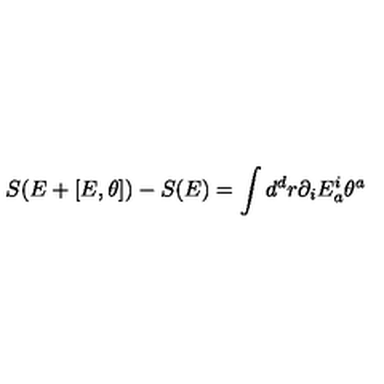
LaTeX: S ( E + [ E , \theta ] ) - S ( E ) = \int d ^ { d } r \partial _ { i } E _ { a } ^ { i } \theta ^ { a }